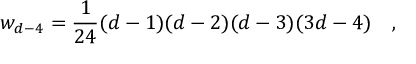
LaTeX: w _ { d - 4 } = { \frac { 1 } { 2 4 } } ( d - 1 ) ( d - 2 ) ( d - 3 ) ( 3 d - 4 ) ~ ~ ~ ,